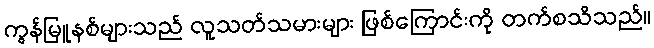
ကွန်မြူနစ်များသည် လူသတ်သမားများ ဖြစ်ကြောင်းကို တက်စသိသည်။